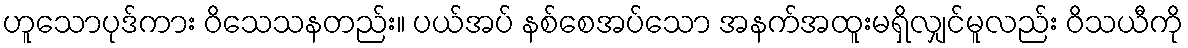
ဟူသောပုဒ်ကား ဝိသေသနတည်း။ ပယ်အပ် နစ်စေအပ်သော အနက်အထူးမရှိလျှင်မူလည်း ဝိသယီကို